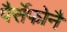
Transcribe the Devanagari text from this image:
पैर्सेफोनै